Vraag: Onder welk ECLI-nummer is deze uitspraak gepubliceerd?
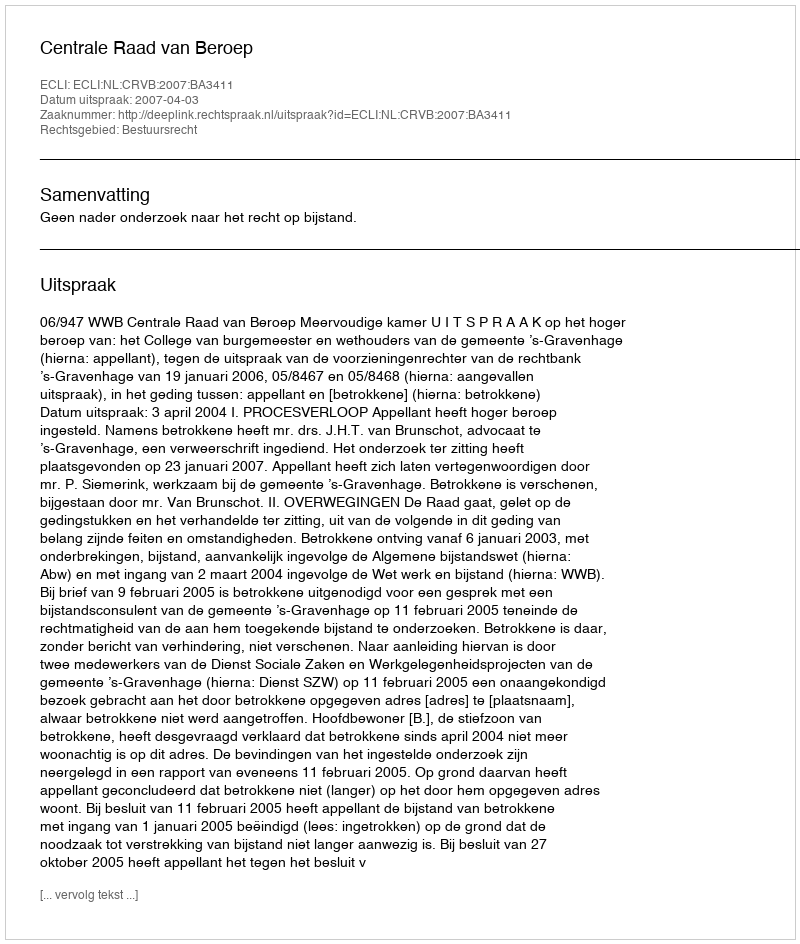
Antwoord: ECLI:NL:CRVB:2007:BA3411